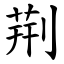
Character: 荆